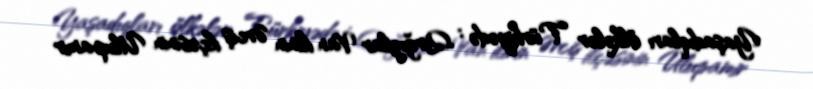
Yaşadıqları ölkələr Türkiyədə : Qırğızlar Van ilinin Ərciş ilçəsinin Ulupamir